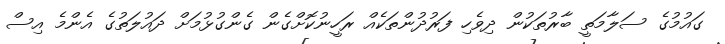
ގައުމުގެ ސަލާމަތީ ބާރުތަކުން ދިވެހި ފަރުދުންތަކެއް ރަހީނުކޮށްގެން ގެންގުޅުމަށް ދައުލަތުގެ އެންމެ އިސް